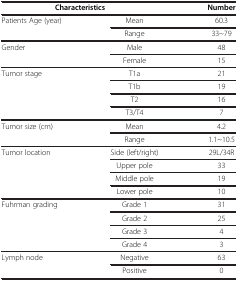
<table><thead><tr><td colspan="2"><b>Characteristics</b></td><td><b>Number</b></td></tr></thead><tbody><tr><td rowspan="2">Patients Age (year)</td><td>Mean</td><td>60.3</td></tr><tr><td>Range</td><td>33~79</td></tr><tr><td rowspan="2">Gender</td><td>Male</td><td>48</td></tr><tr><td>Female</td><td>15</td></tr><tr><td rowspan="4">Tumor stage</td><td>T1a</td><td>21</td></tr><tr><td>T1b</td><td>19</td></tr><tr><td>T2</td><td>16</td></tr><tr><td>T3/T4</td><td>7</td></tr><tr><td rowspan="2">Tumor size (cm)</td><td>Mean</td><td>4.2</td></tr><tr><td>Range</td><td>1.1~10.5</td></tr><tr><td rowspan="4">Tumor location</td><td>Side (left/right)</td><td>29L/34R</td></tr><tr><td>Upper pole</td><td>33</td></tr><tr><td>Middle pole</td><td>19</td></tr><tr><td>Lower pole</td><td>10</td></tr><tr><td rowspan="4">Fuhrman grading</td><td>Grade 1</td><td>31</td></tr><tr><td>Grade 2</td><td>25</td></tr><tr><td>Grade 3</td><td>4</td></tr><tr><td>Grade 4</td><td>3</td></tr><tr><td rowspan="2">Lymph node</td><td>Negative</td><td>63</td></tr><tr><td>Positive</td><td>0</td></tr></tbody></table>